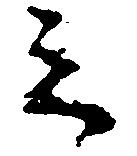
之